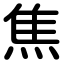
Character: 焦